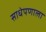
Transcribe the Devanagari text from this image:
साधेपणाला